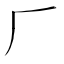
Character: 𠂆